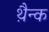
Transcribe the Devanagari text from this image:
थ़ैन्क